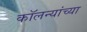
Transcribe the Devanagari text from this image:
कॉलन्यांच्या